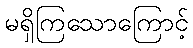
မရှိကြသောကြောင့်